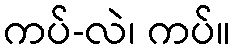
ကပ်-လဲ၊ ကပ်။